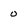
Character: 0